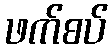
ဖက်စပ်